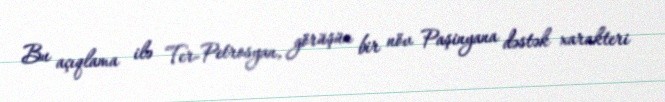
Bu açıqlama ilə Ter-Petrosyan, görüşün bir növ Paşinyana dəstək xarakteri